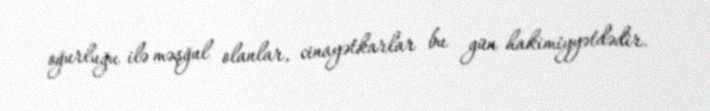
oğurluğu ilə məşğul olanlar, cinayətkarlar bu gün hakimiyyətdədir.